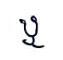
ឬ